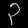
Digit: ၃